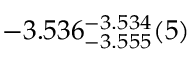
- 3 . 5 3 6 _ { - 3 . 5 5 5 } ^ { - 3 . 5 3 4 } ( 5 )